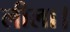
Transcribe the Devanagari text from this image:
लीला।